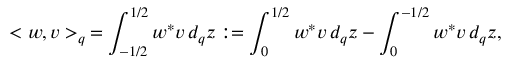
< w , v > _ { q } \, = \int _ { - 1 / 2 } ^ { 1 / 2 } w ^ { * } v \, d _ { q } z : = \int _ { 0 } ^ { 1 / 2 } w ^ { * } v \, d _ { q } z - \int _ { 0 } ^ { - 1 / 2 } w ^ { * } v \, d _ { q } z ,